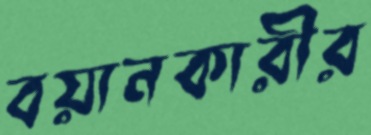
বয়ানকারীর